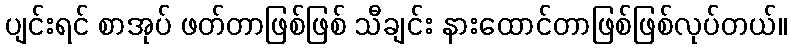
ပျင်းရင် စာအုပ် ဖတ်တာဖြစ်ဖြစ် သီချင်း နားထောင်တာဖြစ်ဖြစ်လုပ်တယ်။